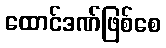
ထောင်ဒဏ်ဖြစ်စေ